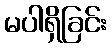
မပါရှိခြင်း